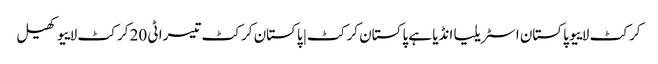
کرکٹ لاییو پاکستان اسٹریلیا انڈیا ہے پاکستان کرکٹ | پاکستان کرکٹ تیسرا ٹی 20 کرکٹ لاییو کھیل